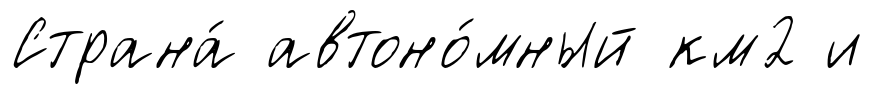
Страна́ автоно́мный км2 и